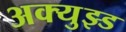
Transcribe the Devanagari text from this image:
अक्युझ्ड